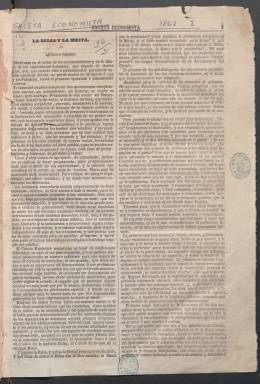
Título: Gaceta economista (Revista mensual)
Colección: Economía
Ámbito geográfico: Madrid
Lugar de publicación: Madrid
Fechas: 01/01/1860-31/10/1863

El primer fascículo, identificado con el año 1860 y la etiqueta "esp1", se publicó probablemente incluido en Gaceta economista (Periódico semanal). Faltan las páginas 69-80, y la primera hoja presenta mal estado de conservación.

A continuación hay una serie de entregas con doble designación numérica, de la que se indica la correspondiente a la revista: se han identificado con el año (1860) y esta numeración: del n. 1 al 6.

En los siguientes volúmenes faltan las portadas de cada entrega mensual, pero se pueden identificar estas gracias a los índices encuadernados al final de cada volumen.